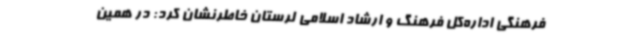
فرهنگی اداره‌کل فرهنگ و ارشاد اسلامی لرستان خاطرنشان کرد: در همین